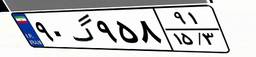
۹۰گ۹۵۸۹۱